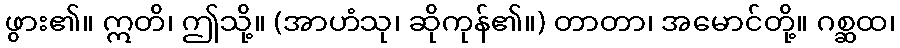
ဖွား၏။ ဣတိ၊ ဤသို့။ (အာဟံသု၊ ဆိုကုန်၏။) တာတာ၊ အမောင်တို့။ ဂစ္ဆထ၊